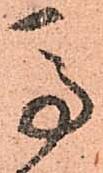
馬